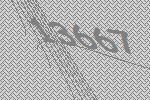
13667